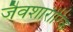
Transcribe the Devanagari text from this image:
जैवशारीरिक